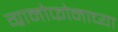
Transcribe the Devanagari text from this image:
ग्रामोफोनाच्या